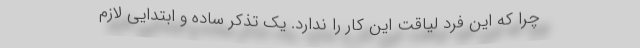
چرا که این فرد لیاقت این کار را ندارد. یک تذکر ساده و ابتدایی لازم